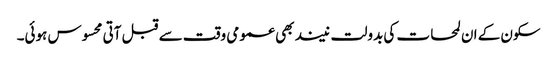
سکون کے ان لمحات کی بدولت نیند بھی عمومی وقت سے قبل آتی محسوس ہوئی۔